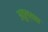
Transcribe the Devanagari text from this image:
अतुल्यता